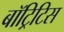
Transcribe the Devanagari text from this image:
बॉट्रिटिस